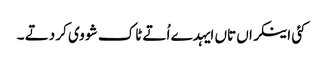
کئی اینکراں تاں ایہدے اُتے ٹاک شو وی کر دتے ۔